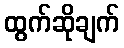
ထွက်ဆိုချက်